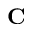
\mathbf C